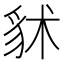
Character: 𧲷